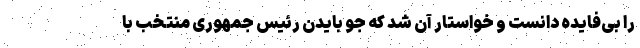
را بی‌فایده دانست و خواستار آن شد که جو بایدن رئیس جمهوری منتخب با